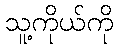
သူ့ကိုယ်ကို